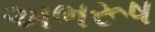
અભરૂષ